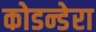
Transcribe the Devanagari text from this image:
कोडन्डेरा